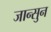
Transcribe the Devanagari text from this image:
जान्सुन